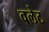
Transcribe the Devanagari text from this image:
वलेट